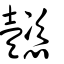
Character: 懿